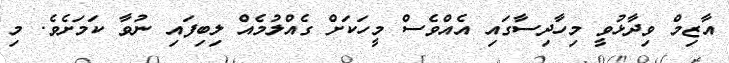
އާޒިމް ވިދާޅުވީ މިހާދިސާގައި އެއްވެސް މީހަކަށް ގެއްލުމެއް ލިބިފައި ނުވާ ކަމަށެވެ. މި